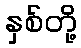
နှစ်တို့